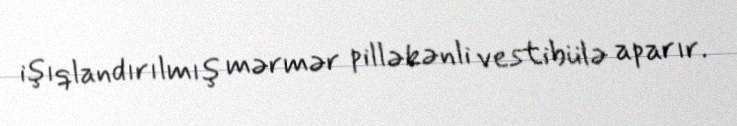
işıqlandırılmış mərmər pilləkənli vestibülə aparır.